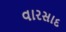
વારસાદ